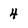
Character: 4